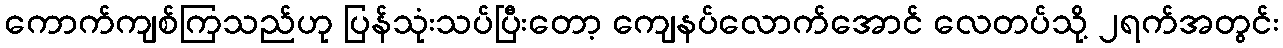
ကောက်ကျစ်ကြသည်ဟု ပြန်သုံးသပ်ပြီးတော့ ကျေနပ်လောက်အောင် လေတပ်သို့ ၂ရက်အတွင်း